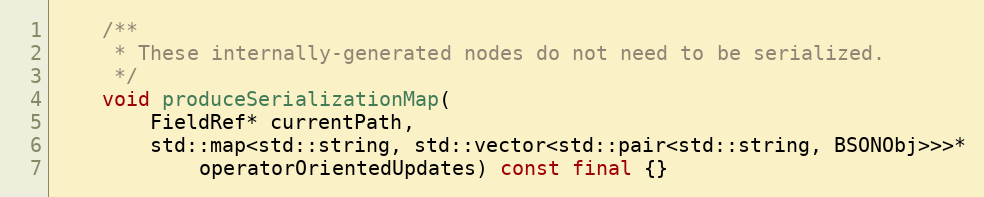
Language: C++
    /**
     * These internally-generated nodes do not need to be serialized.
     */
    void produceSerializationMap(
        FieldRef* currentPath,
        std::map<std::string, std::vector<std::pair<std::string, BSONObj>>>*
            operatorOrientedUpdates) const final {}